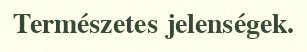
Természetes jelenségek.